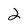
Character: 2